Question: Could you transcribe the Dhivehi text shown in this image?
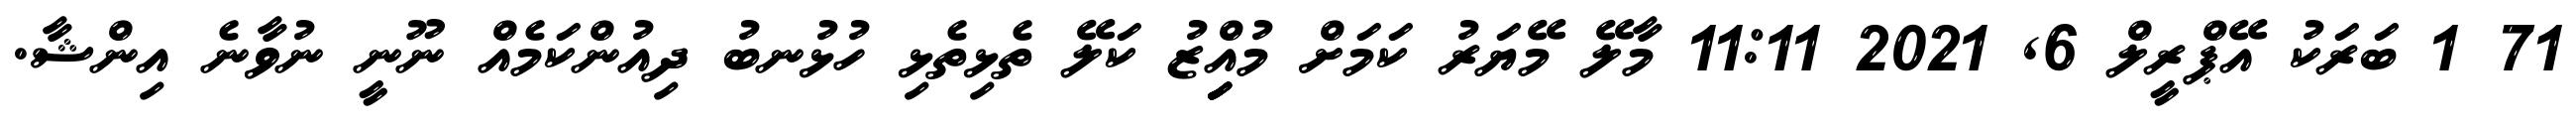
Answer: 71 1 ބަރަކު އޭޕްރީލް 6, 2021 11:11 މާލޭ މޭޔަރު ކަމަށް މުއިިިިިްޒު ކަލޭ ތެޅިތެޅި ހުޅުނބު ދިއުންކަމެއް ނޫނީ ނުވާނެ އިންޝާ.